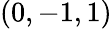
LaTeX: (0,-1,1)